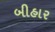
બીહાર